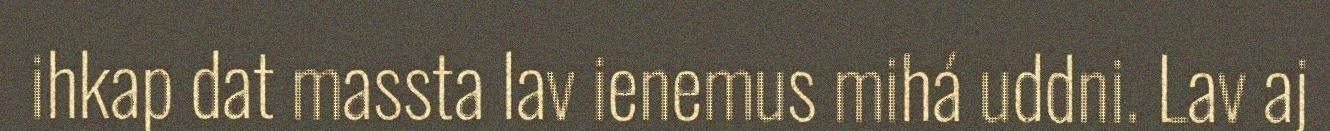
ihkap dat massta lav ienemus mihá uddni. Lav aj